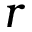
r